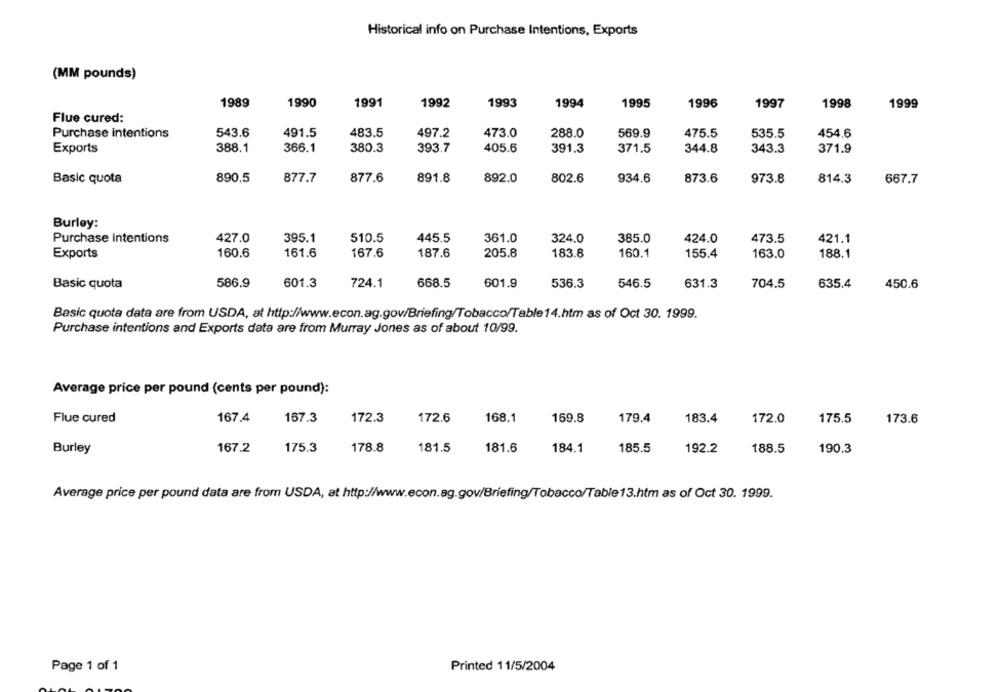
Historical info on Purchase Intentions, Exports
(MM pounds)
1989
1991
1992
1993
1994
1990
1995
1996
1997
1998
1999
Flue cured:
Purchase intentions
543.6
491.5
483.5
497.2
473.0
288.0
569.9
475.5
535.5
454.6
Exports
388.1
366.1
380.3
393.7
405.6
391.3
371.5
344.8
343.3
371.9
Basic quota
890.5
877.7
877.6
891.8
892.0
802.6
934.6
873.6
973.8
814.3
667.7
Burley:
Purchase intentions
427.0
395.1
510.5
445.5
361.0
324.0
385.0
424.0
473.5
421.1
Exports
160.6
161.6
167.6
187.6
205.8
183.8
160.1
155.4
163.0
188.1
586.9
601.3
724.1
668.5
601.9
536.3
546.5
631.3
635.4
Basic quota
704.5
450.6
Basic quota data are from USDA, at http://www.econ.ag.gov/Briefing/Tobacco/Table14.htm as of Oct 30. 1999.
Purchase intentions and Exports data are from Murray Jones as of about 10/99.
Average price per pound (cents per pound):
Flue cured
167.4
167.3
172.3
172.6
168.1
169.8
179.4
183.4
172.0
175.5
173.6
Burley
167.2
175.3
178.8
181.5
181.6
184.1
185.5
192.2
188.5
190.3
Average price per pound data are from USDA, at http://www.econ.ag.gov/Briefing/Tobacco/Table13.htm as of Oct 30. 1999.
Page 1 of 1
Printed 11/5/2004